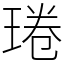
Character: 𤦔